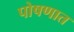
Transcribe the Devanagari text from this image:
पोषणात